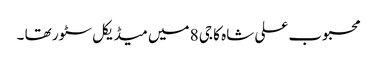
محبوب علی شاہ کا جی 8 میں میڈیکل سٹور تھا ۔